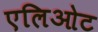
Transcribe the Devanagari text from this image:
एलिओट